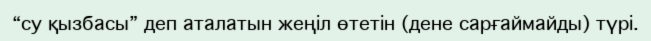
“су қызбасы” деп аталатын жеңіл өтетін (дене сарғаймайды) түрі.